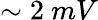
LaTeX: \sim 2\ mV